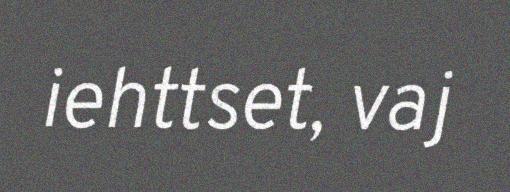
iehttset, vaj